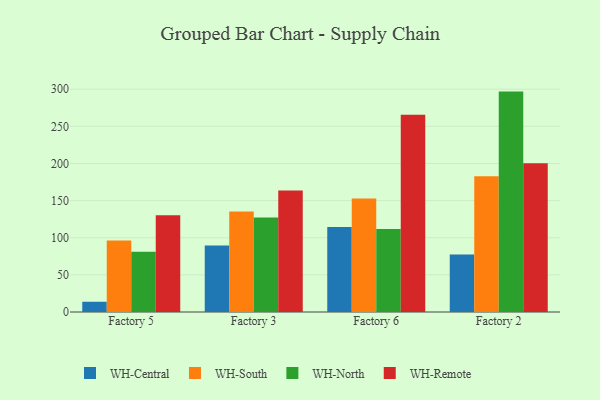
{"axis": {"x": "Factory", "y": "Market Share (%)"}, "legend": ["WH-Central", "WH-North", "WH-Remote", "WH-South"], "data": [{"x": "Factory 5", "y": 13.8, "type": "WH-Central"}, {"x": "Factory 5", "y": 96.3, "type": "WH-South"}, {"x": "Factory 5", "y": 81.1, "type": "WH-North"}, {"x": "Factory 5", "y": 130.3, "type": "WH-Remote"}, {"x": "Factory 3", "y": 89.7, "type": "WH-Central"}, {"x": "Factory 3", "y": 135.2, "type": "WH-South"}, {"x": "Factory 3", "y": 127.3, "type": "WH-North"}, {"x": "Factory 3", "y": 163.7, "type": "WH-Remote"}, {"x": "Factory 6", "y": 114.6, "type": "WH-Central"}, {"x": "Factory 6", "y": 153.0, "type": "WH-South"}, {"x": "Factory 6", "y": 111.8, "type": "WH-North"}, {"x": "Factory 6", "y": 265.7, "type": "WH-Remote"}, {"x": "Factory 2", "y": 77.3, "type": "WH-Central"}, {"x": "Factory 2", "y": 182.9, "type": "WH-South"}, {"x": "Factory 2", "y": 296.8, "type": "WH-North"}, {"x": "Factory 2", "y": 200.4, "type": "WH-Remote"}]}